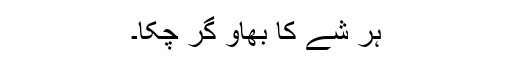
ہر شے کا بھاؤ گر چکا۔